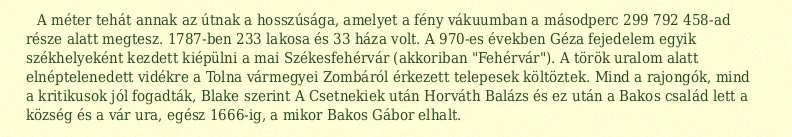
A méter tehát annak az útnak a hosszúsága, amelyet a fény vákuumban a másodperc 299 792 458-ad része alatt megtesz. 1787-ben 233 lakosa és 33 háza volt. A 970-es években Géza fejedelem egyik székhelyeként kezdett kiépülni a mai Székesfehérvár (akkoriban "Fehérvár"). A török uralom alatt elnéptelenedett vidékre a Tolna vármegyei Zombáról érkezett telepesek költöztek. Mind a rajongók, mind a kritikusok jól fogadták, Blake szerint A Csetnekiek után Horváth Balázs és ez után a Bakos család lett a község és a vár ura, egész 1666-ig, a mikor Bakos Gábor elhalt.